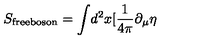
S _ { \mathrm { f r e e b o s o n } } = \int \! d ^ { 2 } x [ \frac { 1 } { 4 \pi } \partial _ { \mu } \eta